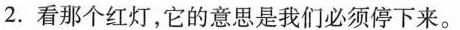
2.看那个红灯,它的意思是我们必须停下来.